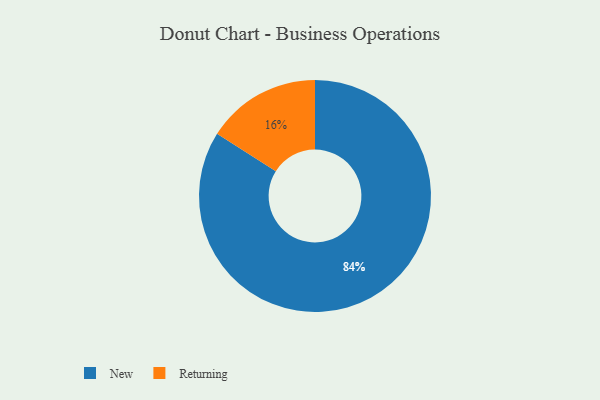
{"axis": {"x": "Category", "y": "Percentage"}, "legend": ["New", "Returning"], "data": [{"x": "New", "y": 84, "type": "New"}, {"x": "Returning", "y": 16, "type": "Returning"}]}